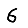
Digit: 6